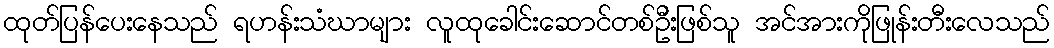
ထုတ်ပြန်ပေးနေသည် ရဟန်းသံဃာများ လူထုခေါင်းဆောင်တစ်ဦးဖြစ်သူ အင်အားကိုဖြုန်းတီးလေသည်